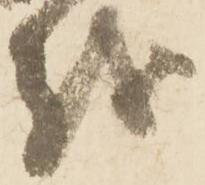
越